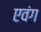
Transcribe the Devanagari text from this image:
एवंग